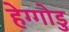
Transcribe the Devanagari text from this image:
हेग्गोडु